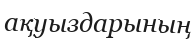
ақуыздарының